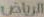
الرياض